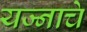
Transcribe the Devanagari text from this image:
यज्नाचे